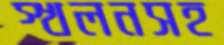
স্খলনসহ